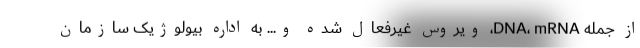
از جمله DNA، mRNA، ویروس غیرفعال شده و... به اداره بیولوژیک سازمان